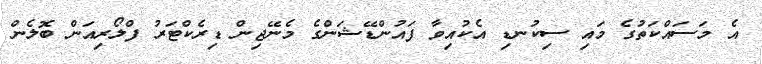
އެ މަސައްކަތުގެ މައި ސިކުނޑި އެކުއިވާ ފައުންޑޭޝަންގެ މެނޭޖިން ޑިރެކްޓަރު ފްލޯރިއަން ބޮލެން